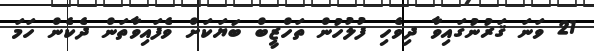
21 ވަނަ ޤަރުނުގައިވާ ދިވެހި ފުލުހުން ތަހްޒީބް ބަޔަކަށް ވެފައިވާތަން ދެކެން ހަމަ